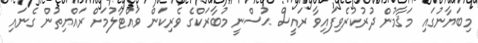
މިބަޔާނުގައި މަޤާމުން ދުރުކުރެވިފައިވާ ރައީސް ޙުސްނީ މުބާރަކްގެ ވެރިކަން ވައްޓާލުމަށް ރައްޔިތުން ގެނައި